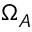
\Omega _ { A }